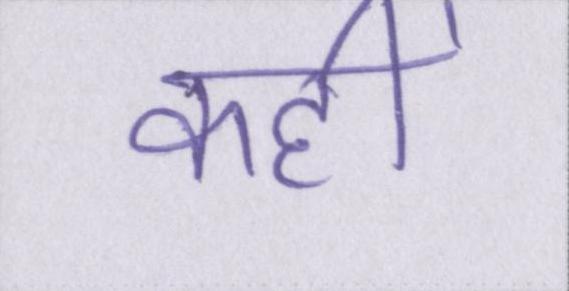
कहीं